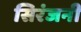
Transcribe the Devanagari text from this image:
सिरंजनी